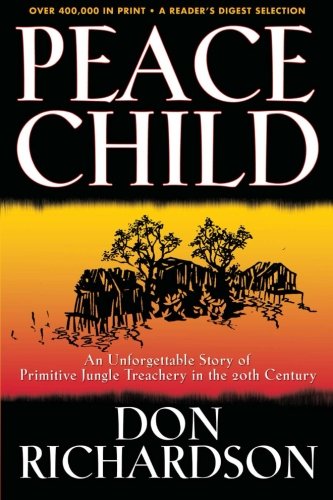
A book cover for Peace Child; Don Richardson; Christian Books & Bibles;